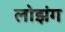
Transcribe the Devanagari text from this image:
लोझंग